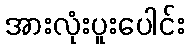
အားလုံးပူးပေါင်း